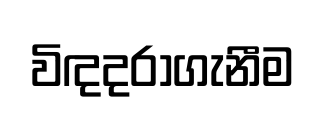
විඳදරාගැනීම